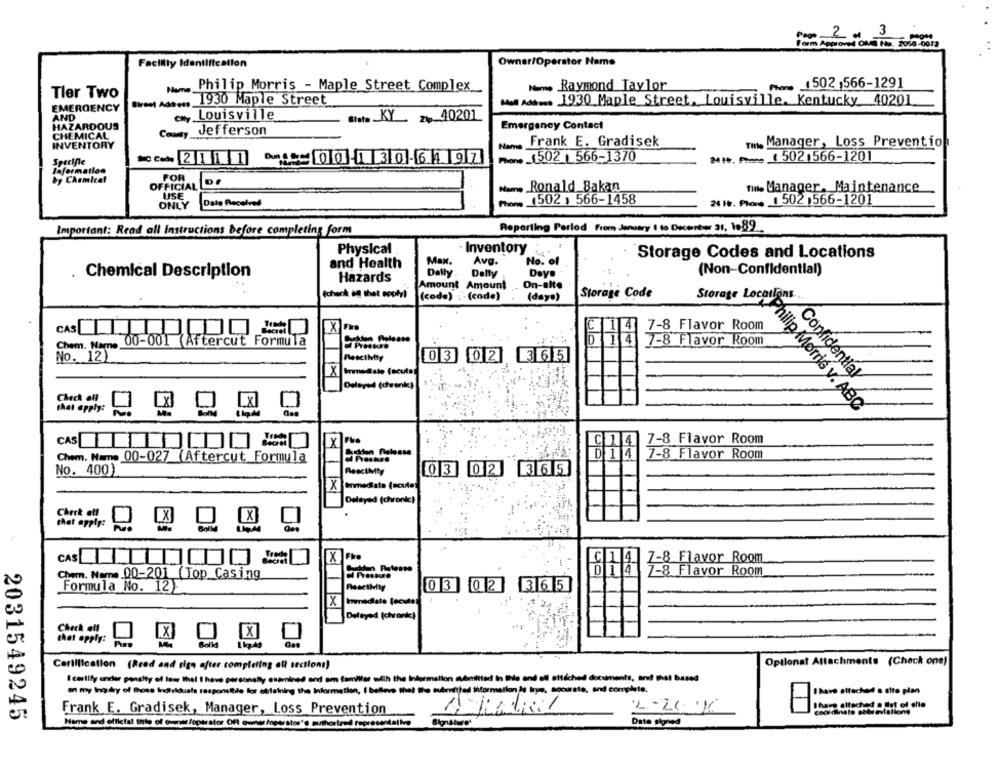
3
Form Approved OMS Ho. 2050-0012
Facillly Identification
Owner/Operator Name
... Raymond Taylor
Phone 1502 ,566-1291
Tler Two
Philip Morris - Maple Street Complex
Birest Adson 1930 Maple Street
Mel Adhoc. 1930 Maple Street. Louisville, Kentucky 40201
EMERGENCY
en, Louisville
AND
w.t. _ KY_ z৳_40201
HAZARDOUS
Jefferson
Emergency Contact
CHEMICAL
County
INVENTORY
Nam
Frank E. Gradisek
Tmn. Manager, Loss Prevention
Specific
00130-64 97
non 1502 , 566-1370
***. ..... ( 502 1566-1201
Information
POR
by Chemical
OFFICIAL
USE
.... . Ronald Bakan
mins Manager. Maintenance
NO _1502 ) 566-1458
21. ... 1502 ,566-1201
ONLY
Date Received
Important: Read all Instructions before completing form
Reporting Period From January 1 to Decenter 21, 1082.
Physical
Inventory
Storage Codes and Locations
and Health
Max.
Avg.
No. of
Chemical Description
Hazards
Daily
Delty
Day.
(Non-Confidential)
Amount Amount
On-alto
Storage Code
Echeck on thet ecolyl
(cod.)
(cod.)
(day.)
Storage Locations-
CAS
C1 4
7-8 Flavor Room
Chem. Name,
00-001 (Aftercut Formula
014
7-8 Flavor Room
No. 12)
0 3 0 2
365
X Inmediato (sculo
Confidential
Delayed (chrenk)
××1
Check all
that apply:
LxJ
LXI
Philip Morris y. ABC
7-8 Flavor Room
CAS
D 1 4
7-8 Flavor Room
Chem. Name 00-027 (Aftercut Formula
No. 400)
RescIMty
0 3 02 365
Inmediato (sculo]
Delayed (chronic)
××
Check all
that apply:
CX
X Fire
CAS LITT
7-8 Flavor Room
Chem. Name 00-201 Top Casing
0 1 4
7-8 Flavor Room
0 3
0 2
3 6 5
Formula No. 12
Inmediato lecvto
Delayed (chvonk)
Check all
X
that opply:
[X]
Bolld
Optional Attachments (Check one)
Certification (Road and sign after completing all sections)
I certify under penalty of laws that I have personally examined and am familiar with the Information admitted in Ihle and all attached documents, and that based
on my Inoudy of those Individuals responsible for obtaining the Information, I believe that the subenfiled information Is tryme, soourste, and complete.
I have attached s site plan
I have attached a lot of elle
2031549245
Frank E. Gradisek, Manager, Loss Prevention
vallons
Name and effictal Inte of Cwmet /operator Oft owner foperates's authorized representalive
Date signed